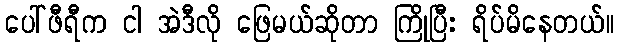
ပေါ်ဖီရီက ငါ အဲဒီလို ဖြေမယ်ဆိုတာ ကြိုပြီး ရိပ်မိနေတယ်။